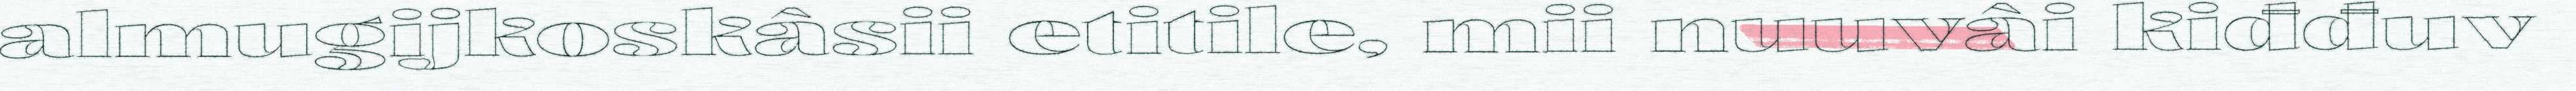
almugijkoskâsii etitile, mii nuuvâi kiđđuv